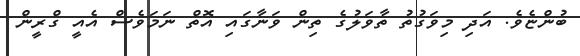
ބުންޏެވެ. އަދި މިވަގުތު ތާވަލުގެ ތިން ވަނާގައި އޮތް ނަމަވެސް އެއީ ގްރީން